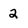
Character: 2